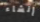
إنشاء